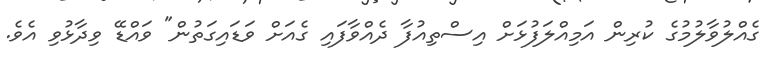
ގެއްލުވާލުމުގެ ކުރިން އަމިއްލަފުޅަށް އިސްތިއުފާ ދެއްވާފައި ގެއަށް ވަޑައިގަތުން" ވައްޑޭ ވިދާޅުވި އެވެ.